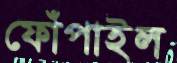
ফোঁপাইল